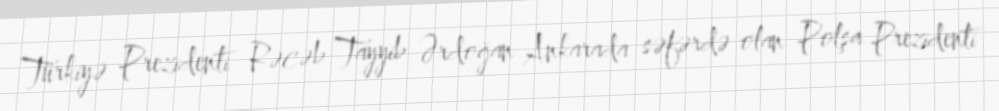
Türkiyə Prezidenti Rəcəb Tayyib Ərdoğan Ankarada səfərdə olan Polşa Prezidenti